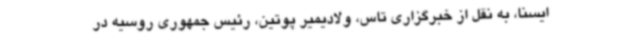
ایسنا، به نقل از خبرگزاری تاس، ولادیمیر پوتین، رئیس جمهوری روسیه در